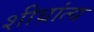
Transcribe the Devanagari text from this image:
शीघ्रांत्य